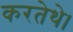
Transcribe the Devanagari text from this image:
करतेथे।